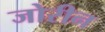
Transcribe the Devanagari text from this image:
जोरीन